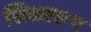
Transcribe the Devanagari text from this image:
शिळारूप